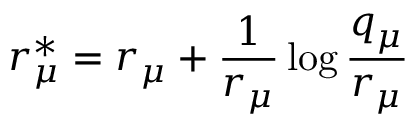
r _ { \mu } ^ { \ast } = r _ { \mu } + \frac { 1 } { r _ { \mu } } \log \frac { q _ { \mu } } { r _ { \mu } }